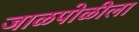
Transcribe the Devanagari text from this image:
जाळपोळीला